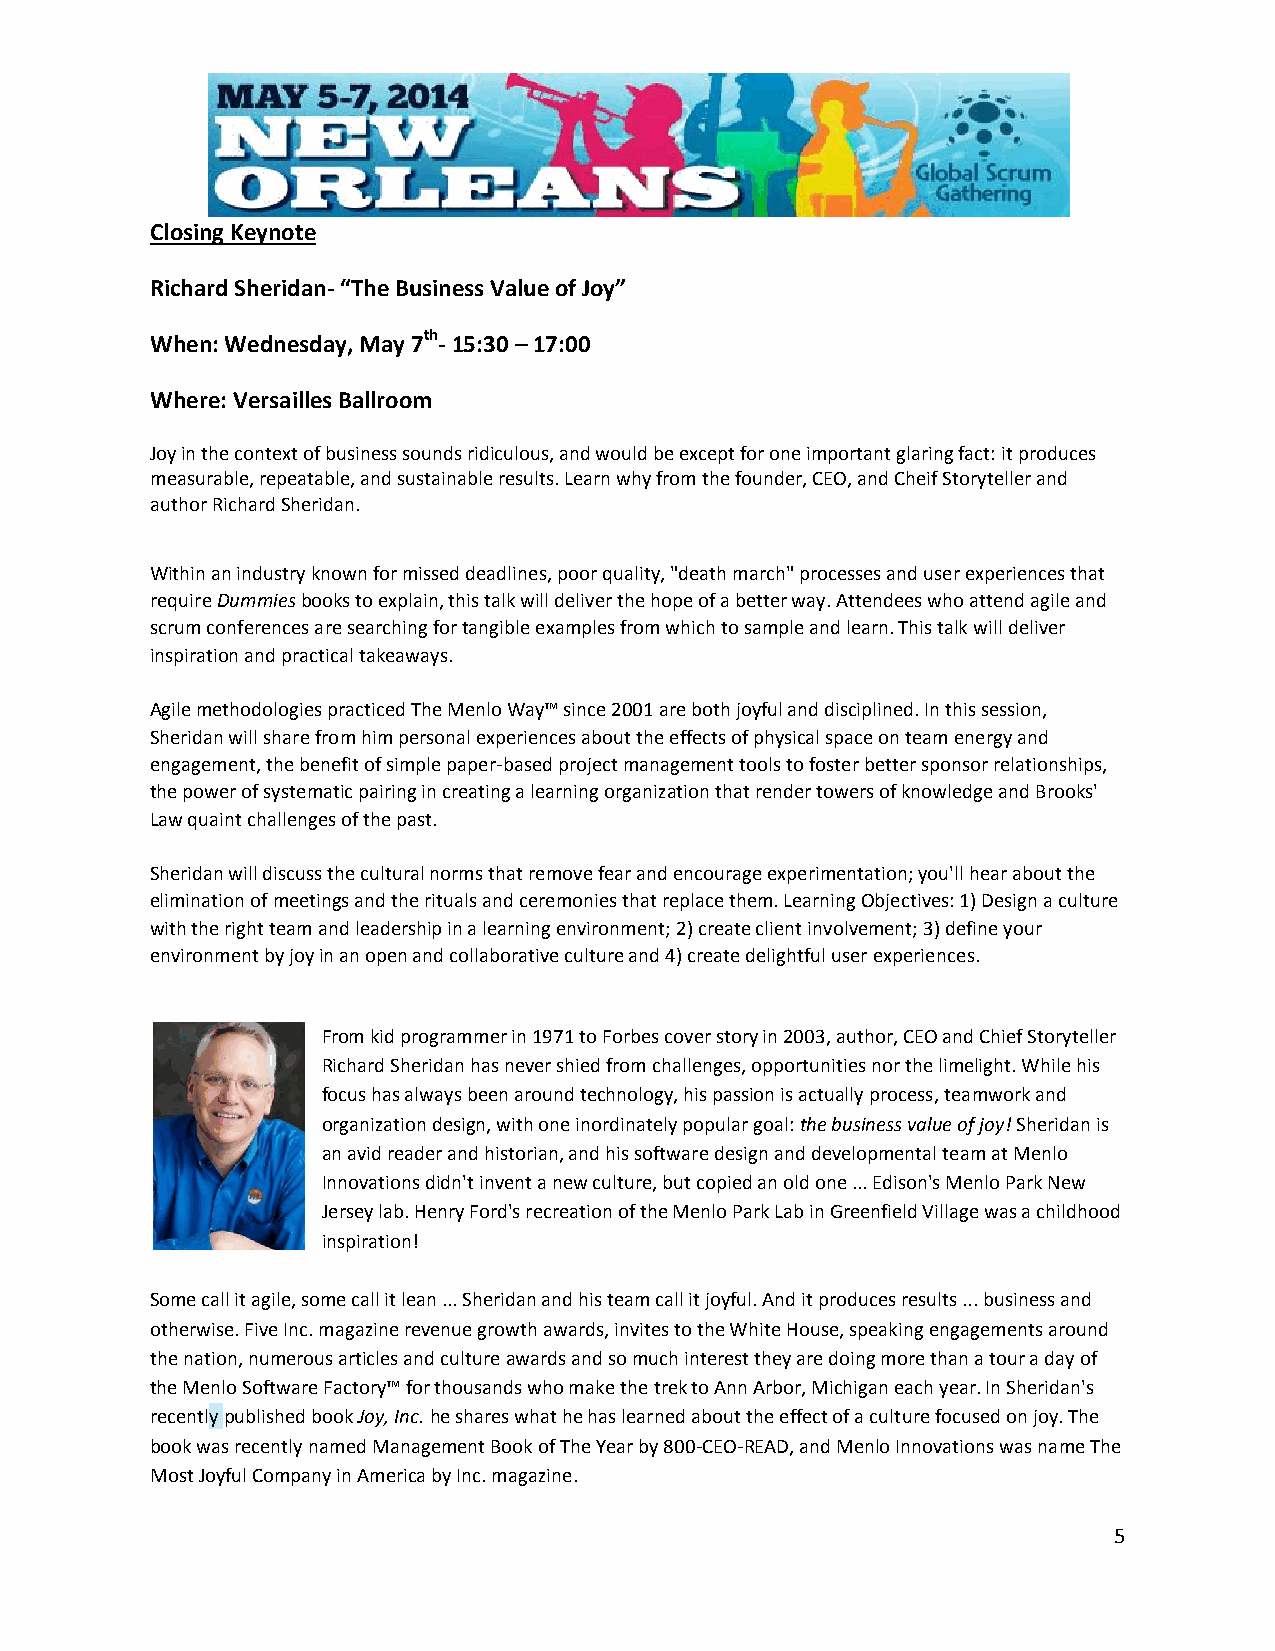
Closing Keynote
 Richard Sheridan- “The Business Value of Joy”
 When: Wednesday, May 7th- 15:30 – 17:00
 Where: Versailles Ballroom
 Joy in the context of business sounds ridiculous, and would be except for one important glaring fact: it produces
 measurable, repeatable, and sustainable results. Learn why from the founder, CEO, and Cheif Storyteller and
 author Richard Sheridan.
 Within an industry known for missed deadlines, poor quality, "death march" processes and user experiences that
 require Dummies books to explain, this talk will deliver the hope of a better way. Attendees who attend agile and
 scrum conferences are searching for tangible examples from which to sample and learn. This talk will deliver
 inspiration and practical takeaways.
 Agile methodologies practiced The Menlo Way™ since 2001 are both joyful and disciplined. In this session,
 Sheridan will share from him personal experiences about the effects of physical space on team energy and
 engagement, the benefit of simple paper-based project management tools to foster better sponsor relationships,
 the power of systematic pairing in creating a learning organization that render towers of knowledge and Brooks'
 Law quaint challenges of the past.
 Sheridan will discuss the cultural norms that remove fear and encourage experimentation; you'll hear about the
 elimination of meetings and the rituals and ceremonies that replace them. Learning Objectives: 1) Design a culture
 with the right team and leadership in a learning environment; 2) create client involvement; 3) define your
 environment by joy in an open and collaborative culture and 4) create delightful user experiences.
 From kid programmer in 1971 to Forbes cover story in 2003, author, CEO and Chief Storyteller
 Richard Sheridan has never shied from challenges, opportunities nor the limelight. While his
 focus has always been around technology, his passion is actually process, teamwork and
 organization design, with one inordinately popular goal: the business value of joy! Sheridan is
 an avid reader and historian, and his software design and developmental team at Menlo
 Innovations didn't invent a new culture, but copied an old one ... Edison's Menlo Park New
 Jersey lab. Henry Ford's recreation of the Menlo Park Lab in Greenfield Village was a childhood
 inspiration!
 Some call it agile, some call it lean ... Sheridan and his team call it joyful. And it produces results ... business and
 otherwise. Five Inc. magazine revenue growth awards, invites to the White House, speaking engagements around
 the nation, numerous articles and culture awards and so much interest they are doing more than a tour a day of
 the Menlo Software Factory™ for thousands who make the trek to Ann Arbor, Michigan each year. In Sheridan's
 recently published book Joy, Inc. he shares what he has learned about the effect of a culture focused on joy. The
 book was recently named Management Book of The Year by 800-CEO-READ, and Menlo Innovations was name The
 Most Joyful Company in America by Inc. magazine.
 5